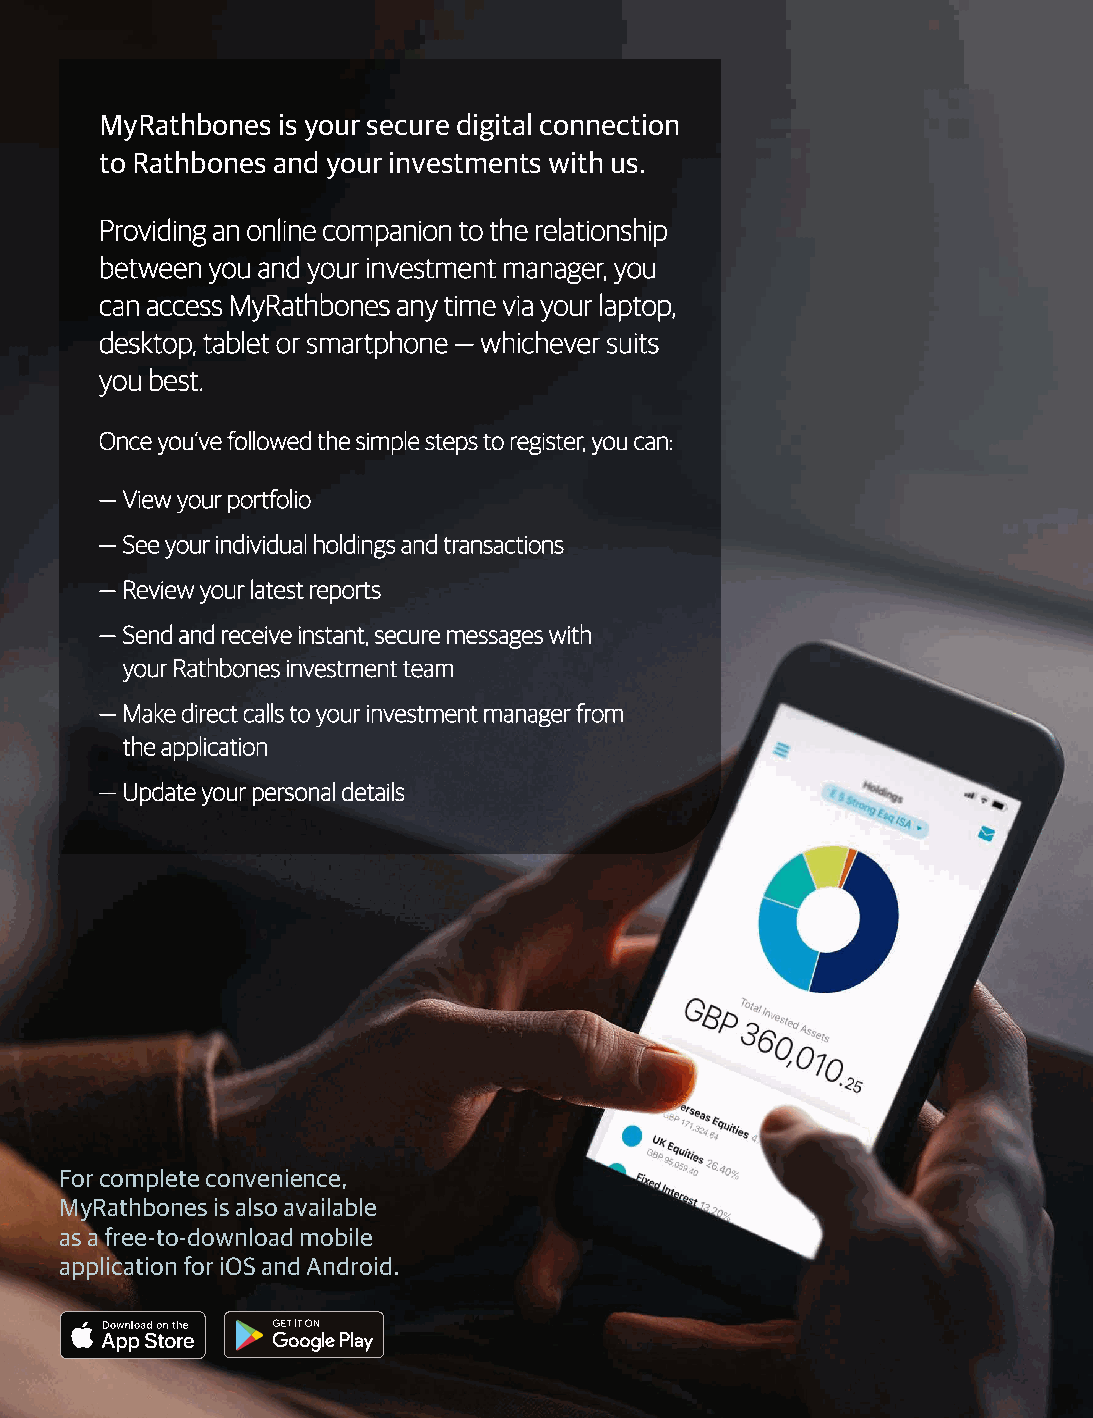
MyRathbones is your secure digital connection
 to Rathbones and your investments with us.
 PPrroovviiddiinngg aann oonnlliinnee ccoommppaanniioonn ttoo tthhee rreellaattiioonnsshhiipp
 bbeettwweeeenn yyoouu aanndd yyoouurr iinnvveessttmmeenntt mmaannaaggeerr,, yyoouu
 ccaann aacccceessss MMyyRRaatthhbboonneess aannyy ttiimmee vviiaa yyoouurr llaappttoopp,,
 ddeesskkttoopp,, ttaabblleett oorr ssmmaarrttpphhoonnee —— wwhhiicchheevveerr ssuuiittss
 yyoouu bbeesstt..
 OOnnccee yyoouu’’vvee ffoolllloowweedd tthhee ssiimmppllee sstteeppss ttoo rreeggiisstteerr,, yyoouu ccaann::
 —— VViieeww yyoouurr ppoorrttffoolliioo
 —— SSeeee yyoouurr iinnddiivviidduuaall hhoollddiinnggss aanndd ttrraannssaaccttiioonnss
 —— RReevviieeww yyoouurr llaatteesstt rreeppoorrttss
 —— SSeenndd aanndd rreecceeiivvee iinnssttaanntt,, sseeccuurree mmeessssaaggeess wwiitthh
 yyoouurr RRaatthhbboonneess iinnvveessttmmeenntt tteeaamm
 —— MMaakkee ddiirreecctt ccaallllss ttoo yyoouurr iinnvveessttmmeenntt mmaannaaggeerr ffrroomm
 tthhee aapppplliiccaattiioonn
 —— UUppddaattee yyoouurr ppeerrssoonnaall ddeettaaiillss
 For complete convenience,
 MyRathbones is also available
 as a free-to-download mobile
 application for iOS and Android.